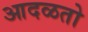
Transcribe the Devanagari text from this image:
आदळतो